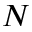
N